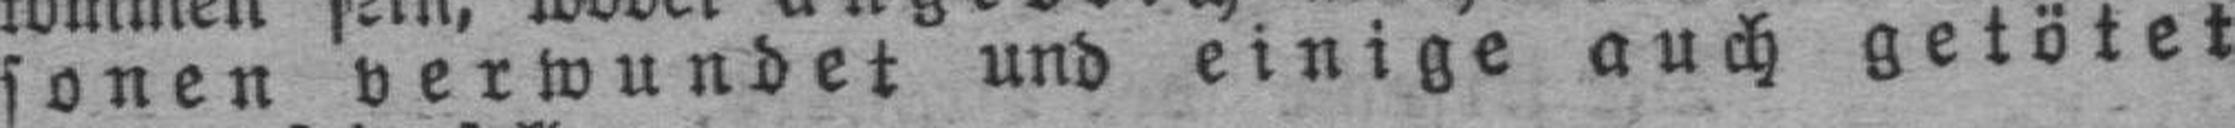
sonen verwundet und einige auch getötet